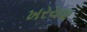
ખરચવા